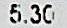
5.30